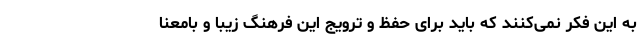
به این فکر نمی‌کنند که باید برای حفظ و ترویج این فرهنگ زیبا و بامعنا